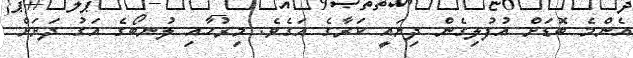
އެންމެ ބޮޑަށް އުފުލިގެން ދިޔައީ ކަރާގެ އަގެވެ. މިރުހާއި ލުނބޯގެ އަގު ދަށަށް